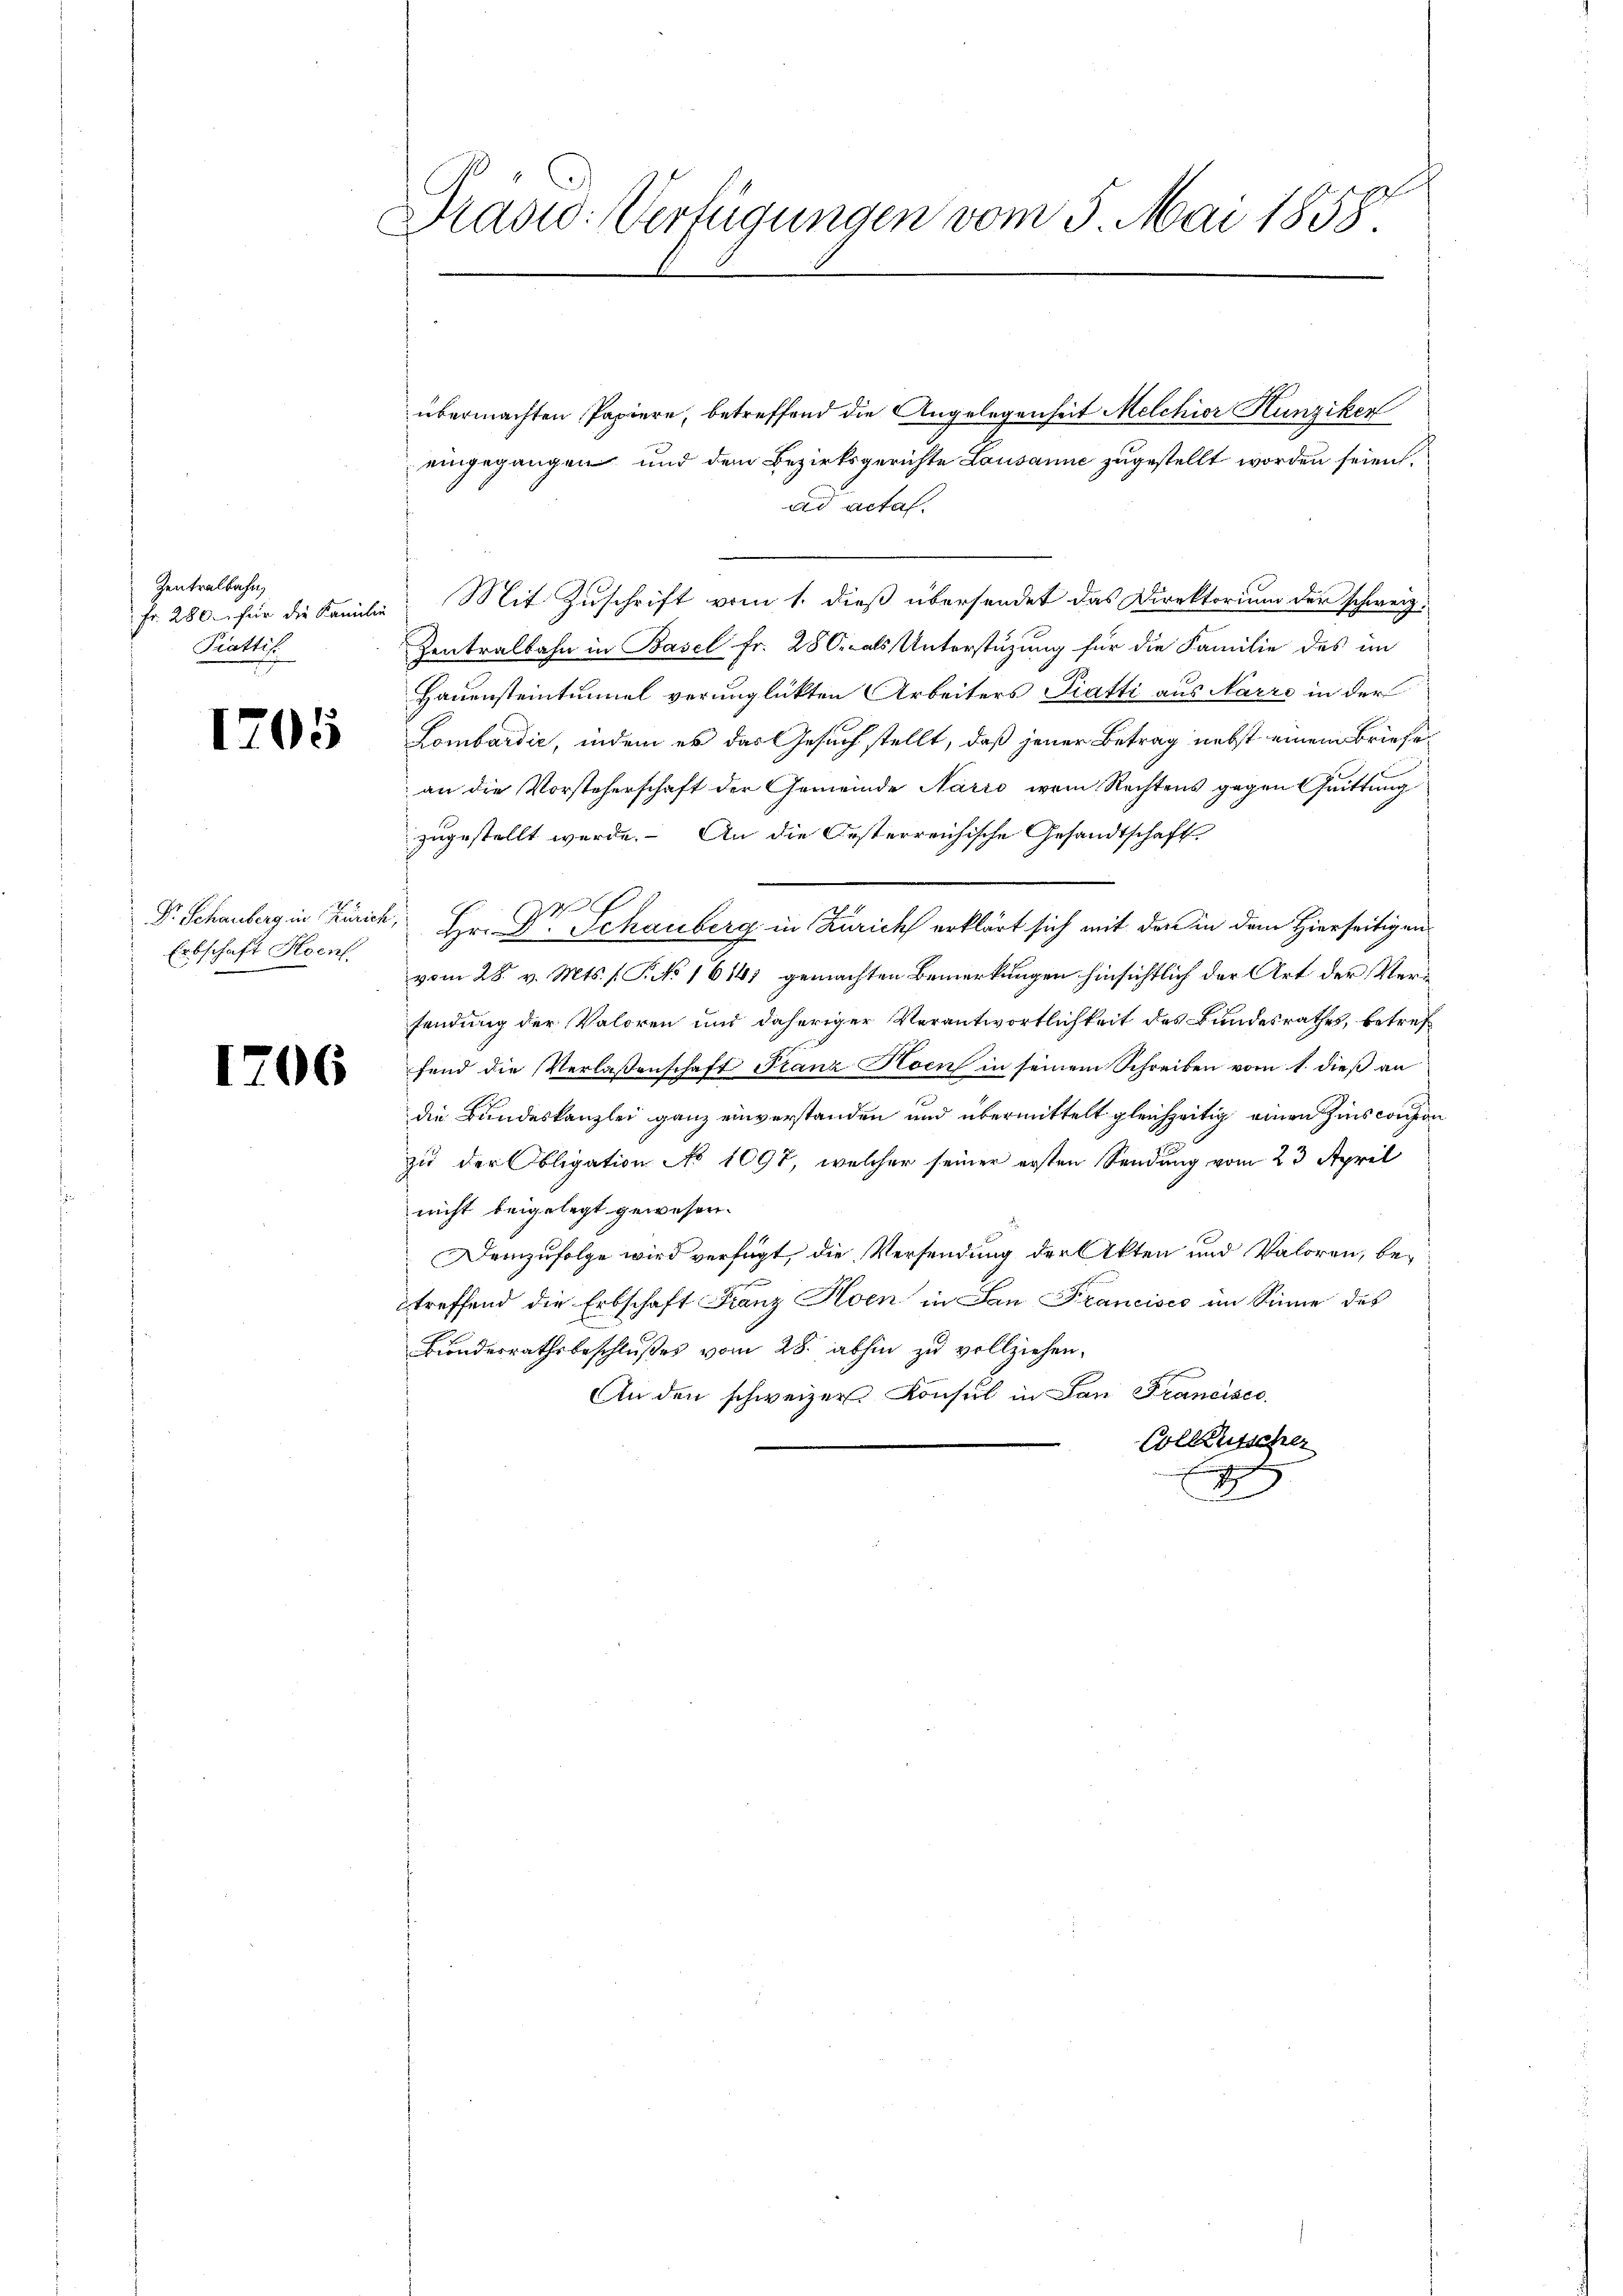
Zentralbahn,
Krattir

1205

Erbschaft Hoenf

1706

Drasio: Verfügungen vom 5. Mai 1858.

übermachten Papiere, betreffend die Angelegenheit Melchior Hunziker
eingegangen und dem Bezirksgerichte Lausanne zugestellt worden seien.
ad acta.
Fr. 280 für die Familie Mit Zuschrift vom 1. dieß übersendet das Direktorium der schweiz.
Zentralbahn in Basel Fr. 280. als Unterstützung für die Familie des im
Hauensteintunnel verunglückten Arbeiters Piatti aus Narre in der
Lombardić, indem er das Gesuch stellt, daß jener Betrag nebst einem Briefe
an die Vorsteherschaft der Gemeinde Narro vom Rechtens gegen Grittung
zugestellt werde. An die Oesterreichische Gesandtschaft
Pr. Schauberg in Zürich, Hr. Dr. Schauberg in Zürich erklärt sich mit den in dem Hierseitigen
vom 28. v. Mts. (T. No 16141 gemachten Bemerkungen hinsichtlich der Art der Versendung der Valoren und daheriger Verantwortlichkeit des Bundesrathes, betref
fend die Verlaßenschaft Franz Hoen in seinem Schreiben vom 1. dieß an
die Bundeskanzlei ganz einverstanden und übermittelt gleichzeitig einen Zins conson
zu der Obligation No 1097, welcher seiner ersten Sendung vom 23. April
nicht beigelegt gewesen.
Demzufolge wird verfügt, die Versendung der Akten und Valoren, betreffend die Erbschaft Franz Hoen in San Francisco im Sinne des
Biondesrathsbeschlußes vom 28. abhin zu vollziehen.
An den schweizer Konsul in San Francisco
Collausscher